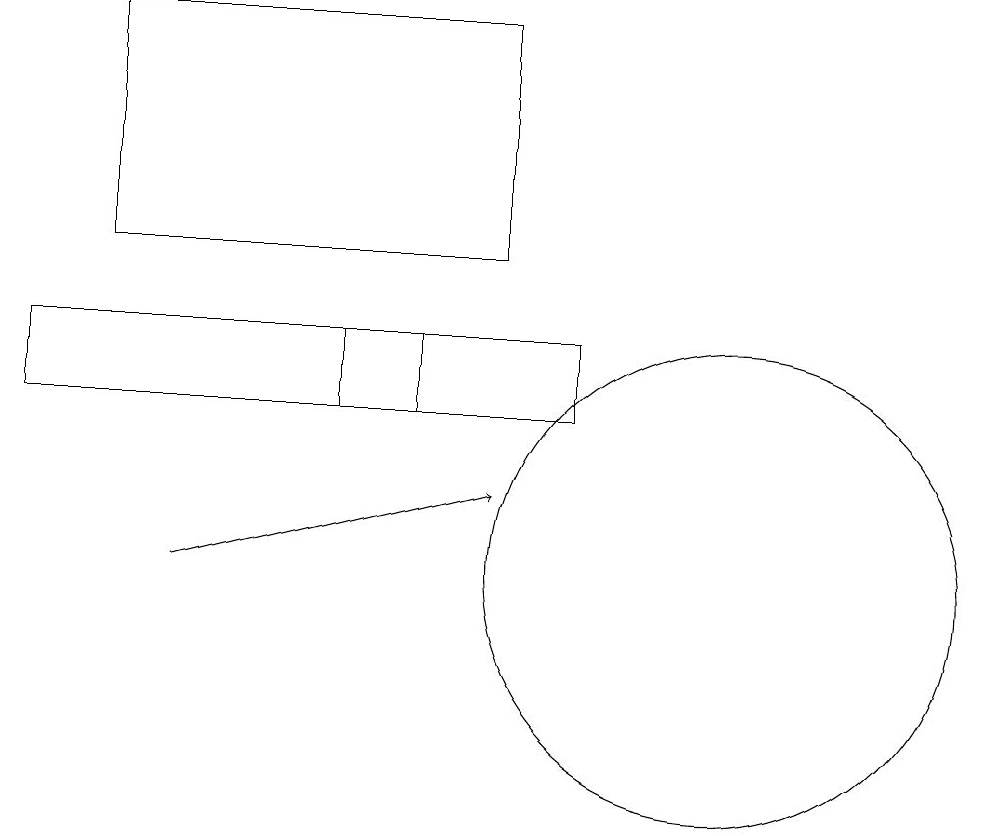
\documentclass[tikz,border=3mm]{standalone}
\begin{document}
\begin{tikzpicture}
\draw (6,13) rectangle (7,14);
\draw (3,15) rectangle (8,18);
\draw[->] (4,11) -- (8,12);
\draw (2,14) rectangle (9,13);
\draw (11,11) circle (3);
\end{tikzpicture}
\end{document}